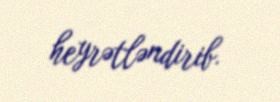
heyrətləndirib.